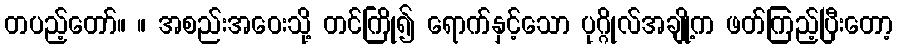
တပည့်တော်။ ။ အစည်းအဝေးသို့ တင်ကြို၍ ရောက်နှင့်သော ပုဂ္ဂိုလ်အချို့က ဖတ်ကြည့်ပြီးတော့